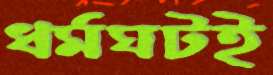
ধর্মঘটই